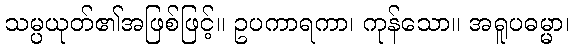
သမ္ပယုတ်၏အဖြစ်ဖြင့်။ ဥပကာရကာ၊ ကုန်သော။ အရူပဓမ္မာ၊